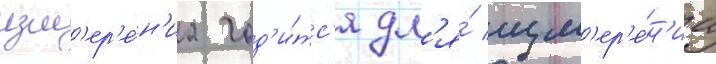
изм'ер'е́н'иа год'и́тс'я дл'я́ изм'ер'е́н'иа